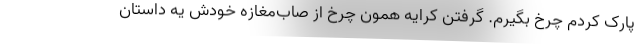
پارک کردم چرخ بگیرم. گرفتن کرایه همون چرخ از صاب‌مغازه خودش یه داستان